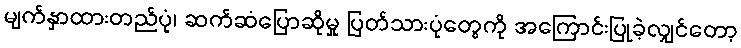
မျက်နှာထားတည်ပုံ၊ ဆက်ဆံပြောဆိုမှု ပြတ်သားပုံတွေကို အကြောင်းပြုခဲ့လျှင်တော့